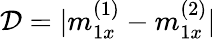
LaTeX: \mathcal{D}=|m_{1x}^{(1)}-m_{1x}^{(2)}|